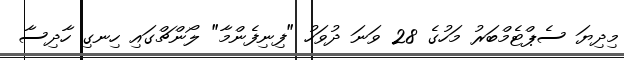
މިދިޔަ ސެޕްޓެމްބަރު މަހުގެ 28 ވަނަ ދުވަހު "ފިނިފެންމާ" ލޯންޗްގައި ހިނގި ހާދިސާ